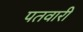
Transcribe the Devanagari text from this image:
पतवारी